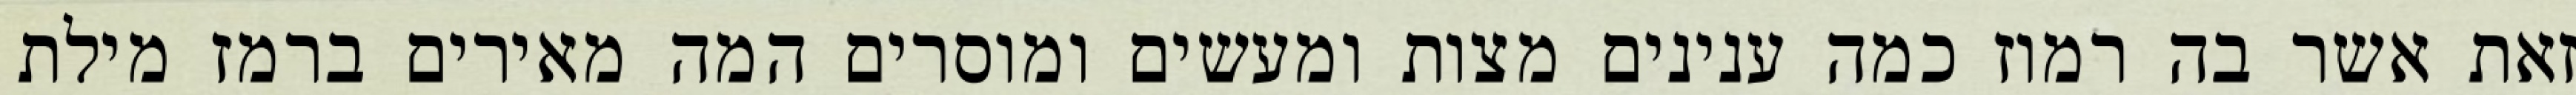
זאת אשר בה רמוז כמה ענינים מצות ומעשים ומוסרים המה מאירים ברמז מילת